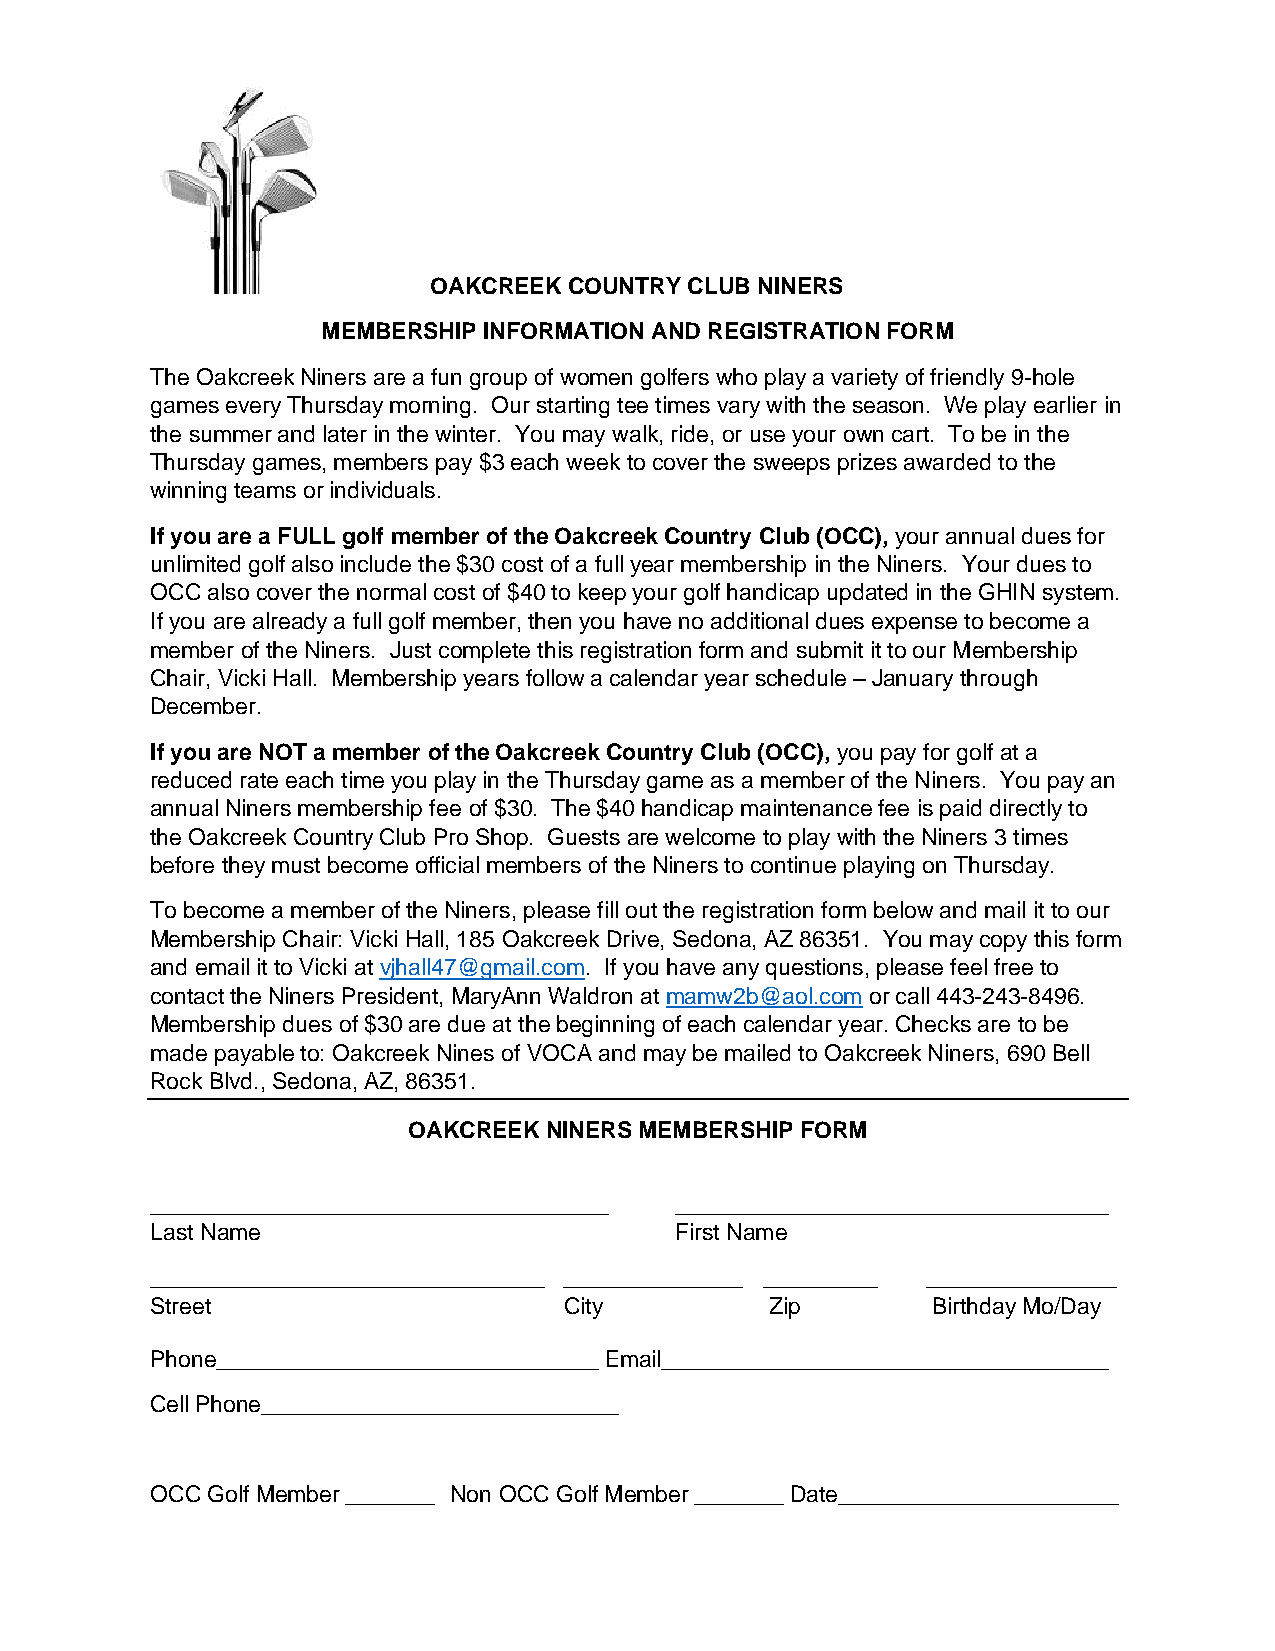
OAKCREEK  COUNTRY CLUB NINERS
 MEMBERSHIP INFORMATION AND REGISTRATION FORM
 The Oakcreek Niners are a fun group of women golfers who play a variety of friendly 9-hole
 games every Thursday morning. Our starting tee times vary with the season. We play earlier in
 the summer and later in the winter. You may walk, ride, or use your own cart. To be in the
 Thursday games, members pay $3 each week to cover the sweeps prizes awarded to the
 winning teams or individuals.
 If you are a FULL golf member of the Oakcreek Country Club (OCC), your annual dues for
 unlimited golf also include the $30 cost of a full year membership in the Niners. Your dues to
 OCC also cover the normal cost of $40 to keep your golf handicap updated in the GHIN system.
 If you are already a full golf member, then you have no additional dues expense to become a
 member of the Niners. Just complete this registration form and submit it to our Membership
 Chair, Vicki Hall. Membership years follow a calendar year schedule – January through
 December.
 If you are NOT a member of the Oakcreek Country Club (OCC), you pay for golf at a
 reduced rate each time you play in the Thursday game as a member of the Niners. You pay an
 annual Niners membership fee of $30. The $40 handicap maintenance fee is paid directly to
 the Oakcreek Country Club Pro Shop. Guests are welcome to play with the Niners 3 times
 before they must become official members of the Niners to continue playing on Thursday.
 To become a member of the Niners, please fill out the registration form below and mail it to our
 Membership Chair: Vicki Hall, 185 Oakcreek Drive, Sedona, AZ 86351. You may copy this form
 and email it to Vicki at vjhall47@gmail.com. If you have any questions, please feel free to
 contact the Niners President, MaryAnn Waldron at mamw2b@aol.com or call 443-243-8496.
 Membership dues of $30 are due at the beginning of each calendar year. Checks are to be
 made payable to: Oakcreek Nines of VOCA and may be mailed to Oakcreek Niners, 690 Bell
 Rock Blvd., Sedona, AZ, 86351.
 OAKCREEK NINERS MEMBERSHIP FORM
 ____________________________________ __________________________________
 Last Name                          First Name
 _______________________________ ______________ _________ _______________
 Street                     City          Zip        Birthday Mo/Day
 Phone______________________________ Email___________________________________
 Cell Phone____________________________
 OCC Golf Member _______ Non OCC Golf Member _______ Date______________________